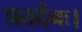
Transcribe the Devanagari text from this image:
प्रतर्दनः।